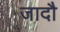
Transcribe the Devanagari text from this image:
जादौ